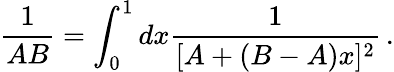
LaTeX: \frac{1}{AB}=\int_{0}^{1}dx\frac{1}{[A+(B-A)x]^{2}}\, .